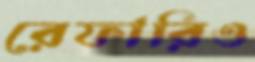
রেফারিও